Indian journal of veterinary science and animal husbandry - Volumes 15-17, 1948-1951
Year: 1948
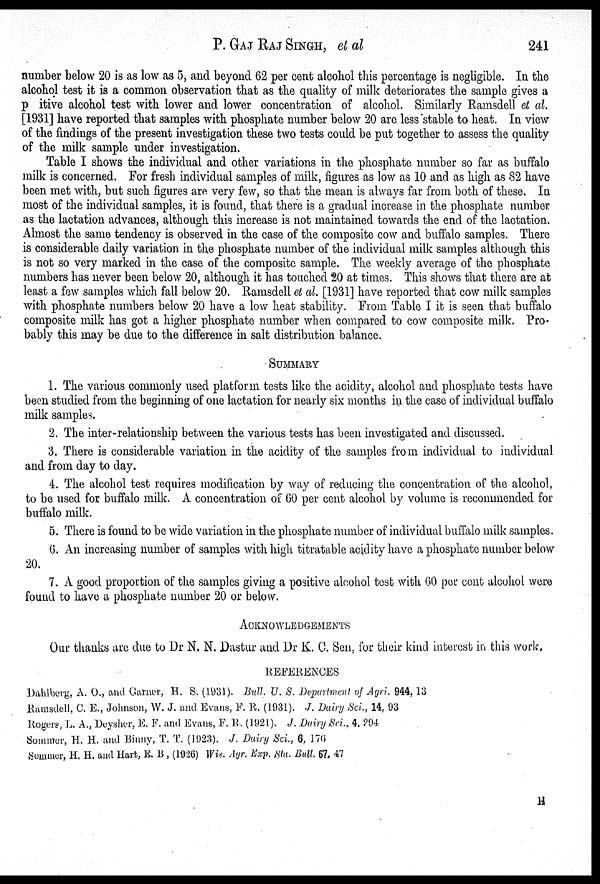
P. GAJ RAJ SINGH, et al
241
number below 20 is as low as 5, and beyond 62 per cent alcohol this percentage is negligible. In the
alcohol test it is a common observation that as the quality of milk deteriorates the sample gives a
p itive alcohol test with lower and lower concentration of alcohol. Similarly Ramsdell et al.
[1931] have reported that samples with phosphate number below 20 are less stable to heat. In view
of the findings of the present investigation these two tests could be put together to assess the quality
of the milk sample under investigation.
Table I shows the individual and other variations in the phosphate number so far as buffalo
milk is concerned. For fresh individual samples of milk, figures as low as 10 and as high as 82 have
been met with, but such figures are very few, so that the mean is always far from both of these. In
most of the individual samples, it is found, that there is a gradual increase in the phosphate number
as the lactation advances, although this increase is not maintained towards the end of the lactation.
Almost the same tendency is observed in the case of the composite cow and buffalo samples. There
is considerable daily variation in the phosphate number of the individual milk samples although this
is not so very marked in the case of the composite sample. The weekly average of the phosphate
numbers has never been below 20, although it has touched 20 at times. This shows that there are at
least a few samples which fall below 20. Ramsdell et al. [1931] have reported that cow milk samples
with phosphate numbers below 20 have a low heat stability. From Table I it is seen that buffalo
composite milk has got a higher phosphate number when compared to cow composite milk. Pro-
bably this may be due to the difference in salt distribution balance.
SUMMARY
1. The various commonly used platform tests like the acidity, alcohol and phosphate tests have
been studied from the beginning of one lactation for nearly six months in the case of individual buffalo
milk samples.
2. The inter-relationship between the various tests has been investigated and discussed.
3. There is considerable variation in the acidity of the samples from individual to individual
and from day to day.
4. The alcohol test requires modification by way of reducing the concentration of the alcohol,
to be used for buffalo milk. A concentration of 60 per cent alcohol by volume is recommended for
buffalo milk.
5. There is found to be wide variation in the phosphate number of individual buffalo milk samples.
6. An increasing number of samples with high titratable acidity have a phosphate number below
20.
7. A good proportion of the samples giving a positive alcohol test with 60 per cent alcohol were
found to have a phosphate number 20 or below.
ACKNOWLEDGEMENTS
Our thanks are due to Dr N. N. Dastur and Dr K. C. Sen, for their kind interest in this work,
REFERENCES
Dahlberg, A. O., and Garner, H. S. (1931). Bull. U. S. Department of Agri. 944, 13
Ramsdell, C. E., Johnson, W. J. and Evans, F. R. (1931). J. Dairy Sci., 14, 93
Rogers, L. A., Deysher, E. F. and Evans, F. R. (1921). J. Dairy Sci., 4, 294
Sommer, H. H. and Binny, T. T. (1923). J. Dairy Sci., 6, 176
Sommer, H. H. and Hart, E. B , (1926) Wis. Agr. Exp. Sta. Bull. 67, 47
H